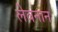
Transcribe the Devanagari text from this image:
लेवनान